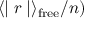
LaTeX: \langle \mid r \mid \rangle _ { \mathrm { f r e e } } / n )